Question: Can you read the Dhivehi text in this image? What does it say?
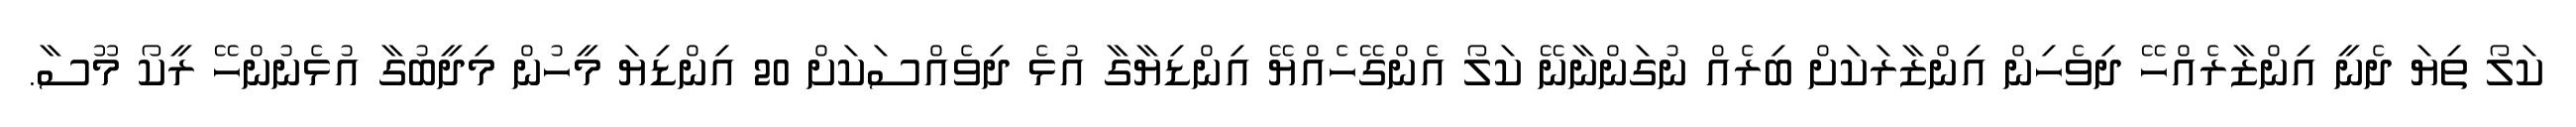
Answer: ކަލޯ ތިޔަ ދެނީ އިންޒާރެއްހޭ ދިވެހިން އިންޒާރަކަށް ބިރެއް ނުގަންނާނޭ ކަލޯ އެންގޭހެއްޔޭ އިންޑިޔާގާ އުޅެ ދިވެއްސަކަށް 20 އިންޑިޔަ މީހުން މިދީބުގާ އުޅެނުންހޭ ރީކޯ މޫސާ.